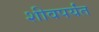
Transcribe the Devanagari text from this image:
शीवपर्यंत